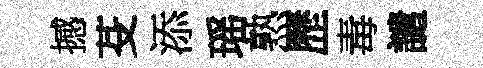
撼芟添瑶熟歷毒譴